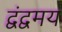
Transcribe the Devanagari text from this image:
द्वंद्वमय